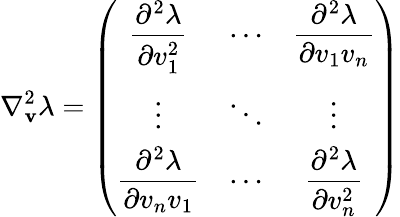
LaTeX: \nabla_{\mathbf{v}}^{2}\lambda=\left(\begin{array}{ccc}{\displaystyle\frac{\partial^{2}\lambda}{\partial v_{1}^{2}}}&{\cdots}&{\displaystyle\frac{\partial^{2}\lambda}{\partial v_{1}v_{n}}}\\ {\vdots}&{\ddots}&{\vdots}\\ {\displaystyle\frac{\partial^{2}\lambda}{\partial v_{n}v_{1}}}&{\cdots}&{\displaystyle\frac{\partial^{2}\lambda}{\partial v_{n}^{2}}}\end{array}\right)